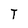
Character: T